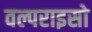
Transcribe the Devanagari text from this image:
वल्पराइसो